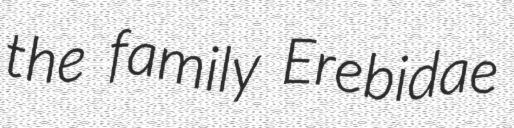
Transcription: the family Erebidae